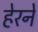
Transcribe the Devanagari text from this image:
हेरने